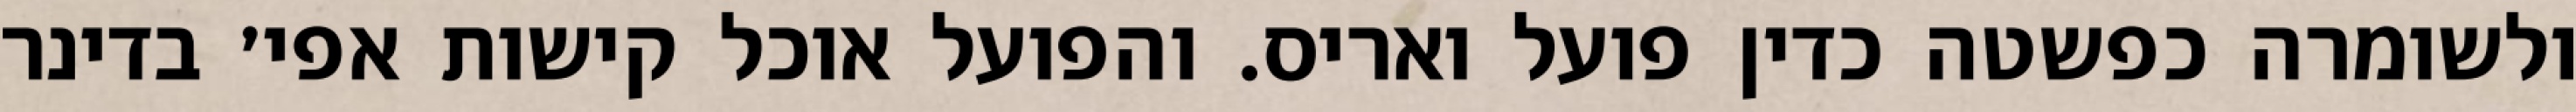
ולשומרה כפשטה כדין פועל ואריס. והפועל אוכל קישות אפי׳ בדינר